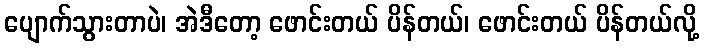
ပျောက်သွားတာပဲ၊ အဲဒီတော့ ဖောင်းတယ် ပိန်တယ်၊ ဖောင်းတယ် ပိန်တယ်လို့